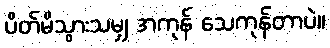
ပိတ်မိသွားသမျှ အကုန် သေကုန်တာပဲ။